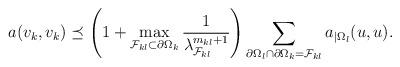
LaTeX: \begin{align*} a(v_k,v_k) \preceq \left(1+ \max_{\mathcal{F}_{k l} \subset \partial\Omega_k} \frac{1}{\lambda_{\mathcal{F}_{k l}}^{m_{k l}+1}} \right) \sum_{\partial\Omega_l\cap \partial \Omega_k=\mathcal{F}_{k l}} a_{|\Omega_l}(u,u).\end{align*}